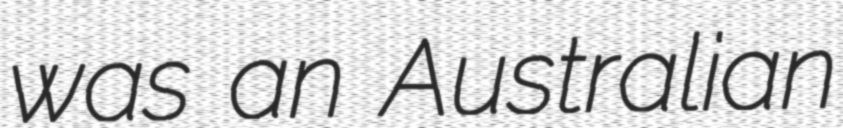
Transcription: was an Australian